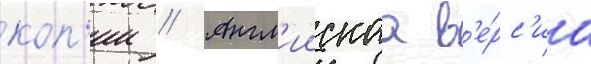
коп'ии // Англ'иискаа в'е́рс'иа